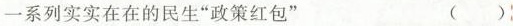
一系列实实在在的民生”政策红包” ()